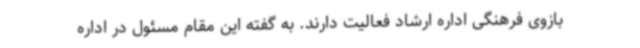
بازوی فرهنگی اداره ارشاد فعالیت دارند. به گفته این مقام مسئول در اداره